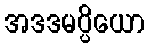
အဒဒမပ္ပိယော